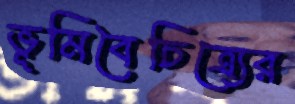
ভূমিবৈচিত্র্যের